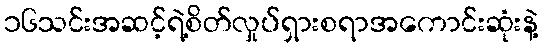
၁၆သင်းအဆင့်ရဲ့စိတ်လှုပ်ရှားစရာအကောင်းဆုံးနဲ့